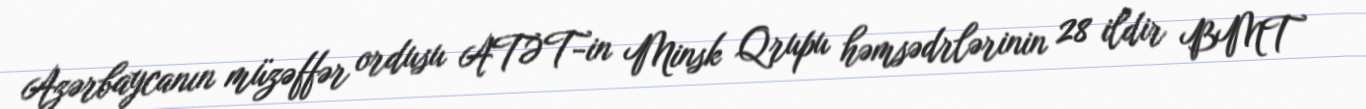
Azərbaycanın müzəffər ordusu ATƏT-in Minsk Qrupu həmsədrlərinin 28 ildir BMT